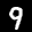
Label: 9